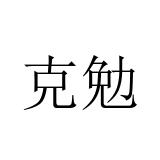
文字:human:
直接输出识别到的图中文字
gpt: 克勉